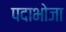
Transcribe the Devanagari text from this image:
पदाभोजा